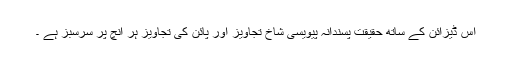
اس ڈیزائن کے ساتھ حقیقت پسندانہ پیویسی شاخ تجاویز اور پائن کی تجاویز ہر انچ پر سرسبز ہے ۔